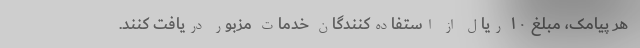
هر پیامک، مبلغ ۱۰ ریال از استفاده‌کنندگان خدمات مزبور دریافت کنند.